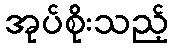
အုပ်စိုးသည့်